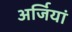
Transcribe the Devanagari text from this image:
अर्जियां